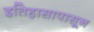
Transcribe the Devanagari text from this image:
इतिहासापासून